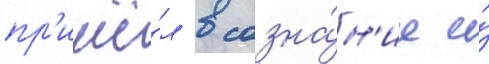
пр'ишё́л в созна́н'ие и́